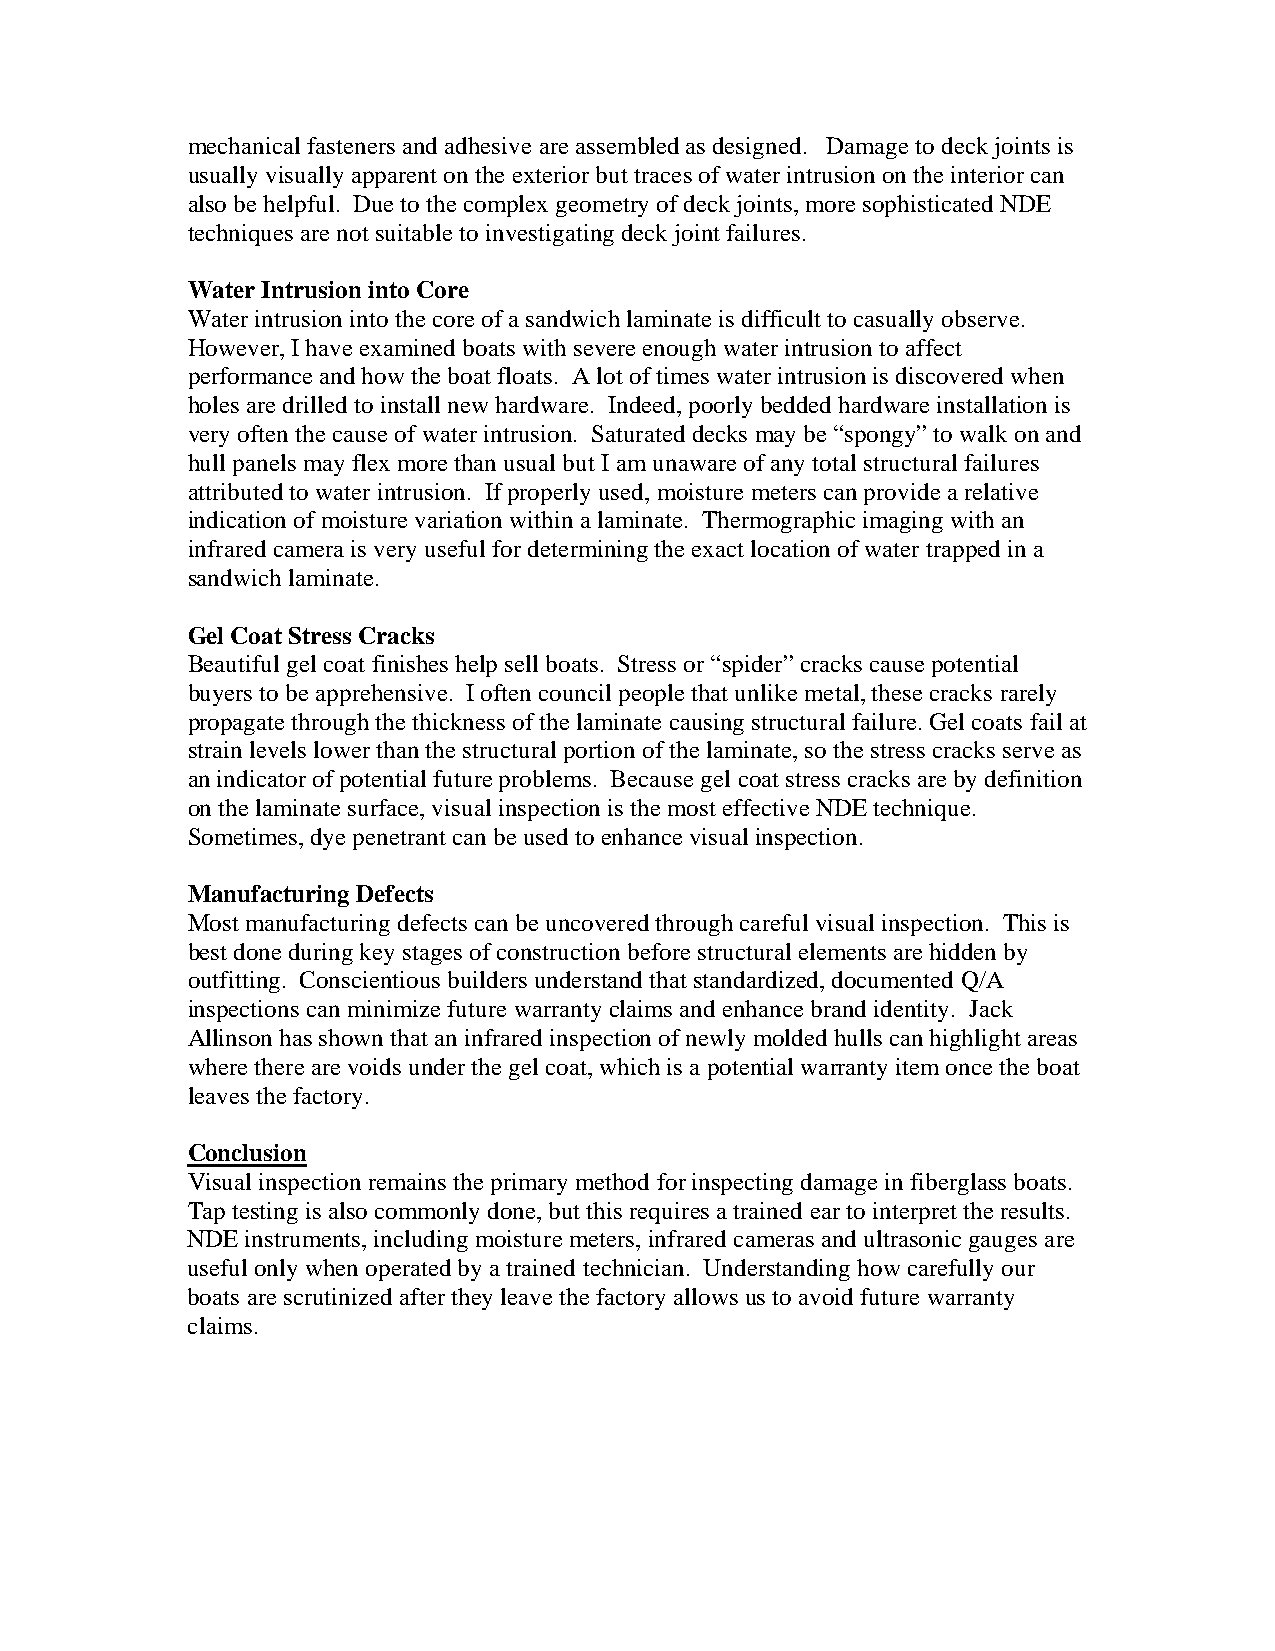
mechanical fasteners and adhesive are assembled as designed. Damage to deck joints is
 usually visually apparent on the exterior but traces of water intrusion on the interior can
 also be helpful. Due to the complex geometry of deck joints, more sophisticated NDE
 techniques are not suitable to investigating deck joint failures.
 Water Intrusion into Core
 Water intrusion into the core of a sandwich laminate is difficult to casually observe.
 However, I have examined boats with severe enough water intrusion to affect
 performance and how the boat floats. A lot of times water intrusion is discovered when
 holes are drilled to install new hardware. Indeed, poorly bedded hardware installation is
 very often the cause of water intrusion. Saturated decks may be “spongy” to walk on and
 hull panels may flex more than usual but I am unaware of any total structural failures
 attributed to water intrusion. If properly used, moisture meters can provide a relative
 indication of moisture variation within a laminate. Thermographic imaging with an
 infrared camera is very useful for determining the exact location of water trapped in a
 sandwich laminate.
 Gel Coat Stress Cracks
 Beautiful gel coat finishes help sell boats. Stress or “spider” cracks cause potential
 buyers to be apprehensive. I often council people that unlike metal, these cracks rarely
 propagate through the thickness of the laminate causing structural failure. Gel coats fail at
 strain levels lower than the structural portion of the laminate, so the stress cracks serve as
 an indicator of potential future problems. Because gel coat stress cracks are by definition
 on the laminate surface, visual inspection is the most effective NDE technique.
 Sometimes, dye penetrant can be used to enhance visual inspection.
 Manufacturing Defects
 Most manufacturing defects can be uncovered through careful visual inspection. This is
 best done during key stages of construction before structural elements are hidden by
 outfitting. Conscientious builders understand that standardized, documented Q/A
 inspections can minimize future warranty claims and enhance brand identity. Jack
 Allinson has shown that an infrared inspection of newly molded hulls can highlight areas
 where there are voids under the gel coat, which is a potential warranty item once the boat
 leaves the factory.
 Conclusion
 Visual inspection remains the primary method for inspecting damage in fiberglass boats.
 Tap testing is also commonly done, but this requires a trained ear to interpret the results.
 NDE instruments, including moisture meters, infrared cameras and ultrasonic gauges are
 useful only when operated by a trained technician. Understanding how carefully our
 boats are scrutinized after they leave the factory allows us to avoid future warranty
 claims.